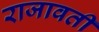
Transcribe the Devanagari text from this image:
राजावती